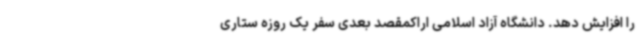
را افزایش دهد. دانشگاه آزاد اسلامی اراکمقصد بعدی سفر یک روزه ستاری